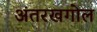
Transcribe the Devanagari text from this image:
अंतरखगोल